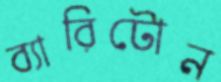
ব্যারিটোন